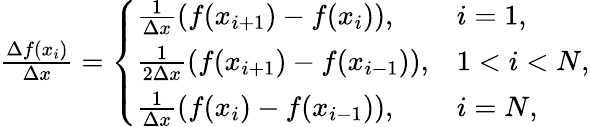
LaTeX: \begin{array}{r}{\frac{\Delta f(x_{i})}{\Delta x}=\left\{ \begin{array}{ll}{\frac{1}{\Delta x}(f(x_{i+1})-f(x_{i})),}&{i=1,}\\ {\frac{1}{2\Delta x}(f(x_{i+1})-f(x_{i-1})),}&{1<i<N,}\\ {\frac{1}{\Delta x}(f(x_{i})-f(x_{i-1})),}&{i=N,}\end{array}\right.}\end{array}